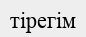
тірегім